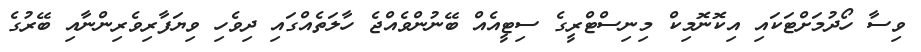
ވިސާ ހޯދުމަށްޓަކައި އިކޮނޮމިކް މިނިސްޓްރީގެ ސިޓީއެއް ބޭނުންވެއްޖެ ހާލަތެއްގައި ދިވެހި ވިޔަފާރިވެރިންނާއި ބޭރުގެ